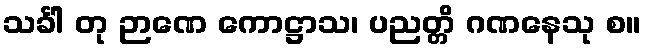
သင်္ခါ တု ဉာဏေ ကောဋ္ဌာသ၊ ပညတ္တိ ဂဏနေသု စ။